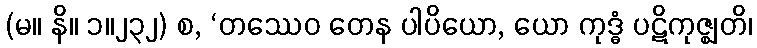
(မ။ နိ။ ၁။၂၃၂) စ, ‘တဿေဝ တေန ပါပိယော, ယော ကုဒ္ဓံ ပဋိကုဇ္ဈတိ၊